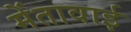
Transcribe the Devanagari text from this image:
मेंतावाई